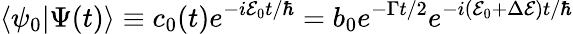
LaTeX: \langle\psi_{0}|\Psi(t)\rangle\equiv c_{0}(t)e^{-i\mathcal{E}_{0}t/\hbar}=b_{0}e^{-\Gamma t/2}e^{-i(\mathcal{E}_{0}+\Delta\mathcal{E})t/\hbar}